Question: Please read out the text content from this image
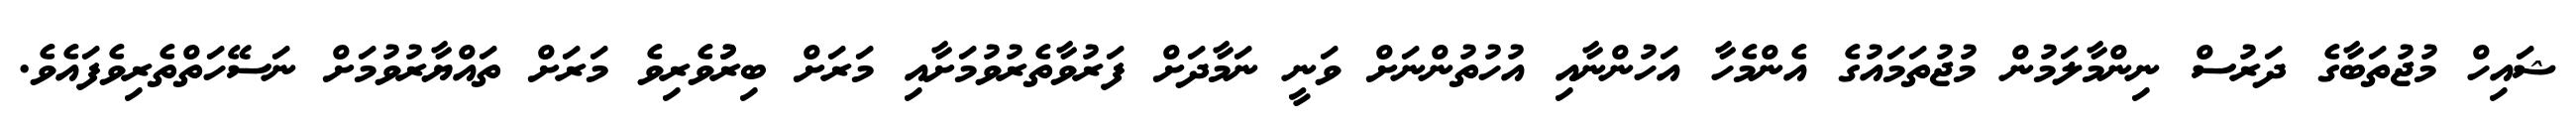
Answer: ޝައިހް މުޖުތަބާގެ ދަރުސް ނިންމާލަމުން މުޖުތަމައުގެ އެންމެހާ އަހުންނާއި އުހުތުންނަށް ވަނީ ނަމާދަށް ފަރުވާތެރުވުމަށާއި މަރަށް ބިރުުވެރިވެ މަރަށް ތައްޔާރުވުމަށް ނަސޭހަތްތެރިވެފައެވެ.